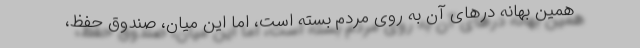
همین بهانه درهای آن به روی مردم بسته است، اما این میان، صندوق حفظ،